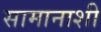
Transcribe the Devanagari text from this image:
सामानाशी